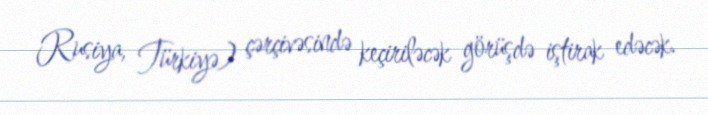
Rusiya, Türkiyə) çərçivəsində keçiriləcək görüşdə iştirak edəcək.